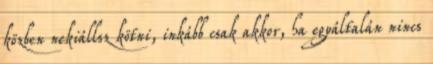
közben nekiállsz kötni, inkább csak akkor, ha egyáltalán nincs